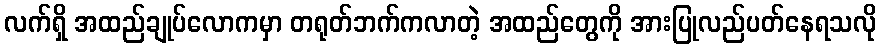
လက်ရှိ အထည်ချုပ်လောကမှာ တရုတ်ဘက်ကလာတဲ့ အထည်တွေကို အားပြုလည်ပတ်နေရသလို